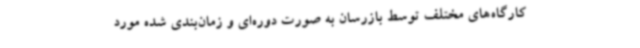
کارگاه‌های مختلف توسط بازرسان به صورت دوره‌ای و زمان‌بندی شده مورد